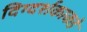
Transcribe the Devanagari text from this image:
दिग्दर्शकाकडे